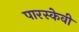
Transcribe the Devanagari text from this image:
पारस्केवी